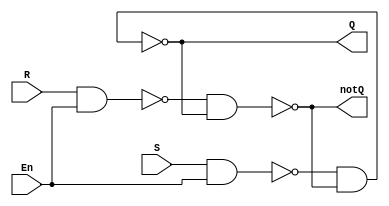
`timescale 1ns / 1ps
////////////////////////////////////////////////////////////////
// Module Name: sr_latch
// Author Name: Joseph Martinsen
//
////////////////////////////////////////////////////////////////

module sr_latch (Q, notQ, En, S, R);
  // All ports should be wires
  output wire Q, notQ;
  input wire En, S, R;

  // Intermediate nets
  wire nandSEN, nandREN;

  // 4ns delay
  nand #4 nand0(Q, nandSEN, notQ);
  // finish things up here...
  nand #4 nand1(notQ, nandREN, Q);
  nand #4 nand2(nandSEN, S, En);
  nand #4 nand3(nandREN, R, En);
endmodule // sr_latch